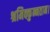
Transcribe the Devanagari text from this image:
श्रमिक्कुन्नतान।